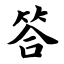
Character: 答